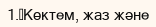
1.	Көктем, жаз және